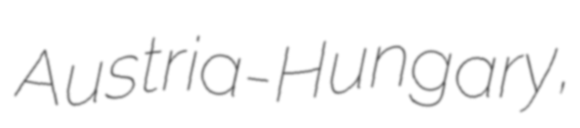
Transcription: Austria-Hungary,